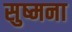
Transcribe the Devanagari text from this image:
सुष्मना